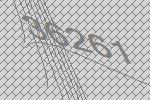
36261